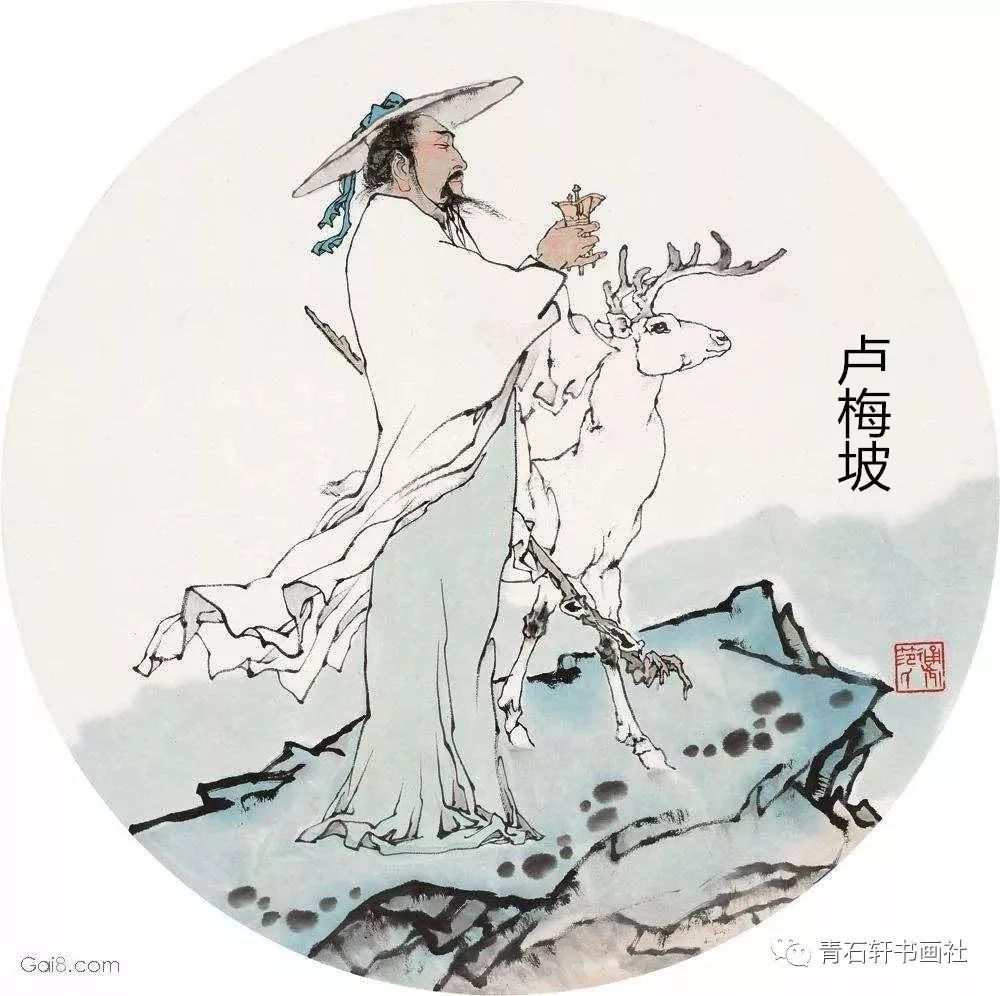
梅雪争春未肯降，骚人阁笔费评章。